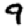
Digit: 9